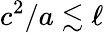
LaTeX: c^{2}/a\lesssim\ell